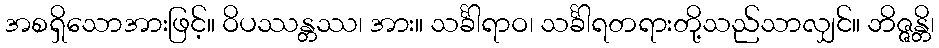
အစရှိသောအားဖြင့်။ ဝိပဿန္တဿ၊ အား။ သင်္ခါရာဝ၊ သင်္ခါရတရားတို့သည်သာလျှင်။ ဘိဇ္ဇန္တိ၊